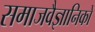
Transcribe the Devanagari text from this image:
समाजवैज्ञानिकों